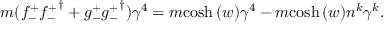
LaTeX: m ( { f _ { - } ^ { + } } { { f _ { - } ^ { + } } } ^ { \dagger } + { g _ { - } ^ { + } } { { g _ { - } ^ { + } } } ^ { \dagger } ) \gamma ^ { 4 } = m { \cosh { ( w ) } } \gamma ^ { 4 } - m { \cosh { ( w ) } } n ^ { k } \gamma ^ { k } .